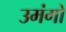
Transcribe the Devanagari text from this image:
उमंगो